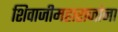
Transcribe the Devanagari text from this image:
शिवाजीमहाराजांना